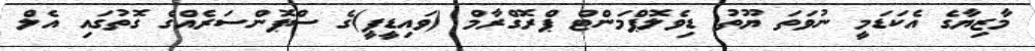
މާޒިޔާގެ އެކަޑަމީ ނުވަތަ ޔޫތު ޑިވެލޮޕްމަންޓް ޕްރޮގްރާމް (ވައިޑީޕީ)ގެ ސްޕޮންސަރެއްގެ ގޮތުގައި އެލް